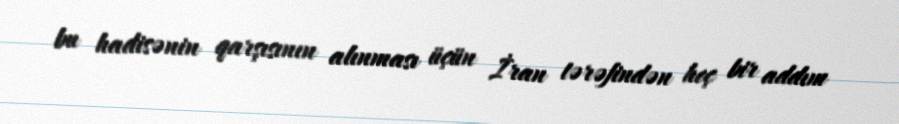
bu hadisənin qarşısının alınması üçün İran tərəfindən heç bir addım